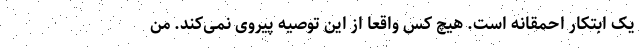
یک ابتکار احمقانه است. هیچ کس واقعا از این توصیه پیروی نمی‌کند. من